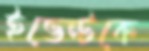
ইভেন্টকে